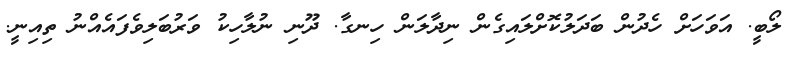
ލޯބީ. އަވަހަށް ހެދުން ބަދަލުކޮށްލައިގެން ނިދާލަން ހިނގާ. ދޫނި ނުލާހިކު ވަރުބަލިވެފައެއްނު ތިއިނީ.